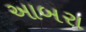
આબરા